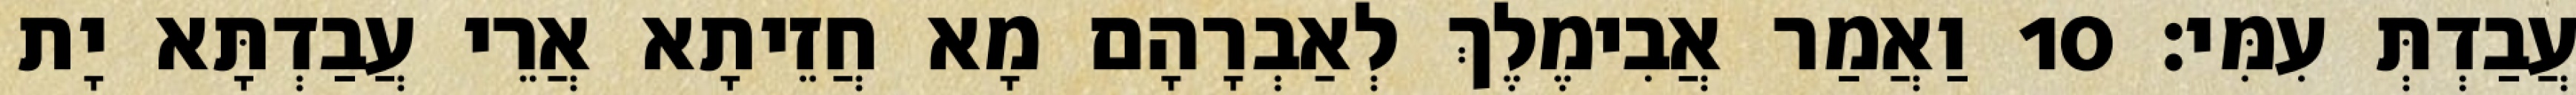
עֲבַדְתְּ עִמִּי׃ 10 וַאֲמַר אֲבִימֶלֶךְ לְאַבְרָהָם מָא חֲזֵיתָא אֲרֵי עֲבַדְתָּא יָת